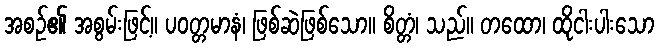
အစဉ်၏ အစွမ်းဖြင့်။ ပဝတ္တမာနံ၊ ဖြစ်ဆဲဖြစ်သော။ စိတ္တံ၊ သည်။ တထော၊ ထိုငါးပါးသော